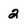
Character: 2